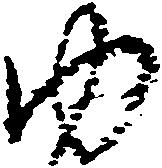
ゆ